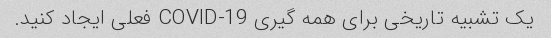
یک تشبیه تاریخی برای همه گیری COVID-19 فعلی ایجاد کنید.